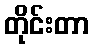
တိုင်းတာ